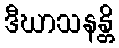
ဒီဃာသနန္တိ